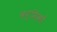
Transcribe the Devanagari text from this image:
कर्मिकाें